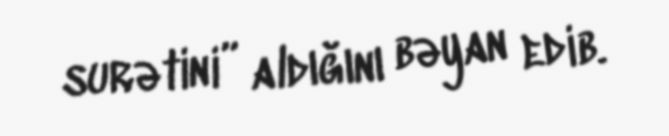
surətini” aldığını bəyan edib.